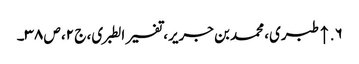
۶. ↑ طبری، محمد بن جریر، تفسیر الطبری، ج ۲، ص ۳۸۔